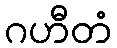
ဂဟီတံ